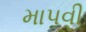
માપવી